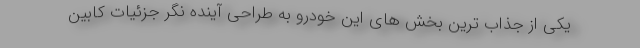
یکی از جذاب ترین بخش های این خودرو به طراحی آینده نگر جزئیات کابین